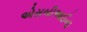
એસબીઆઈના